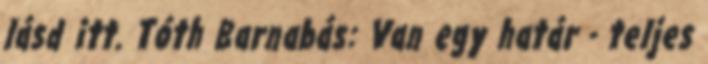
lásd itt. Tóth Barnabás: Van egy határ - teljes